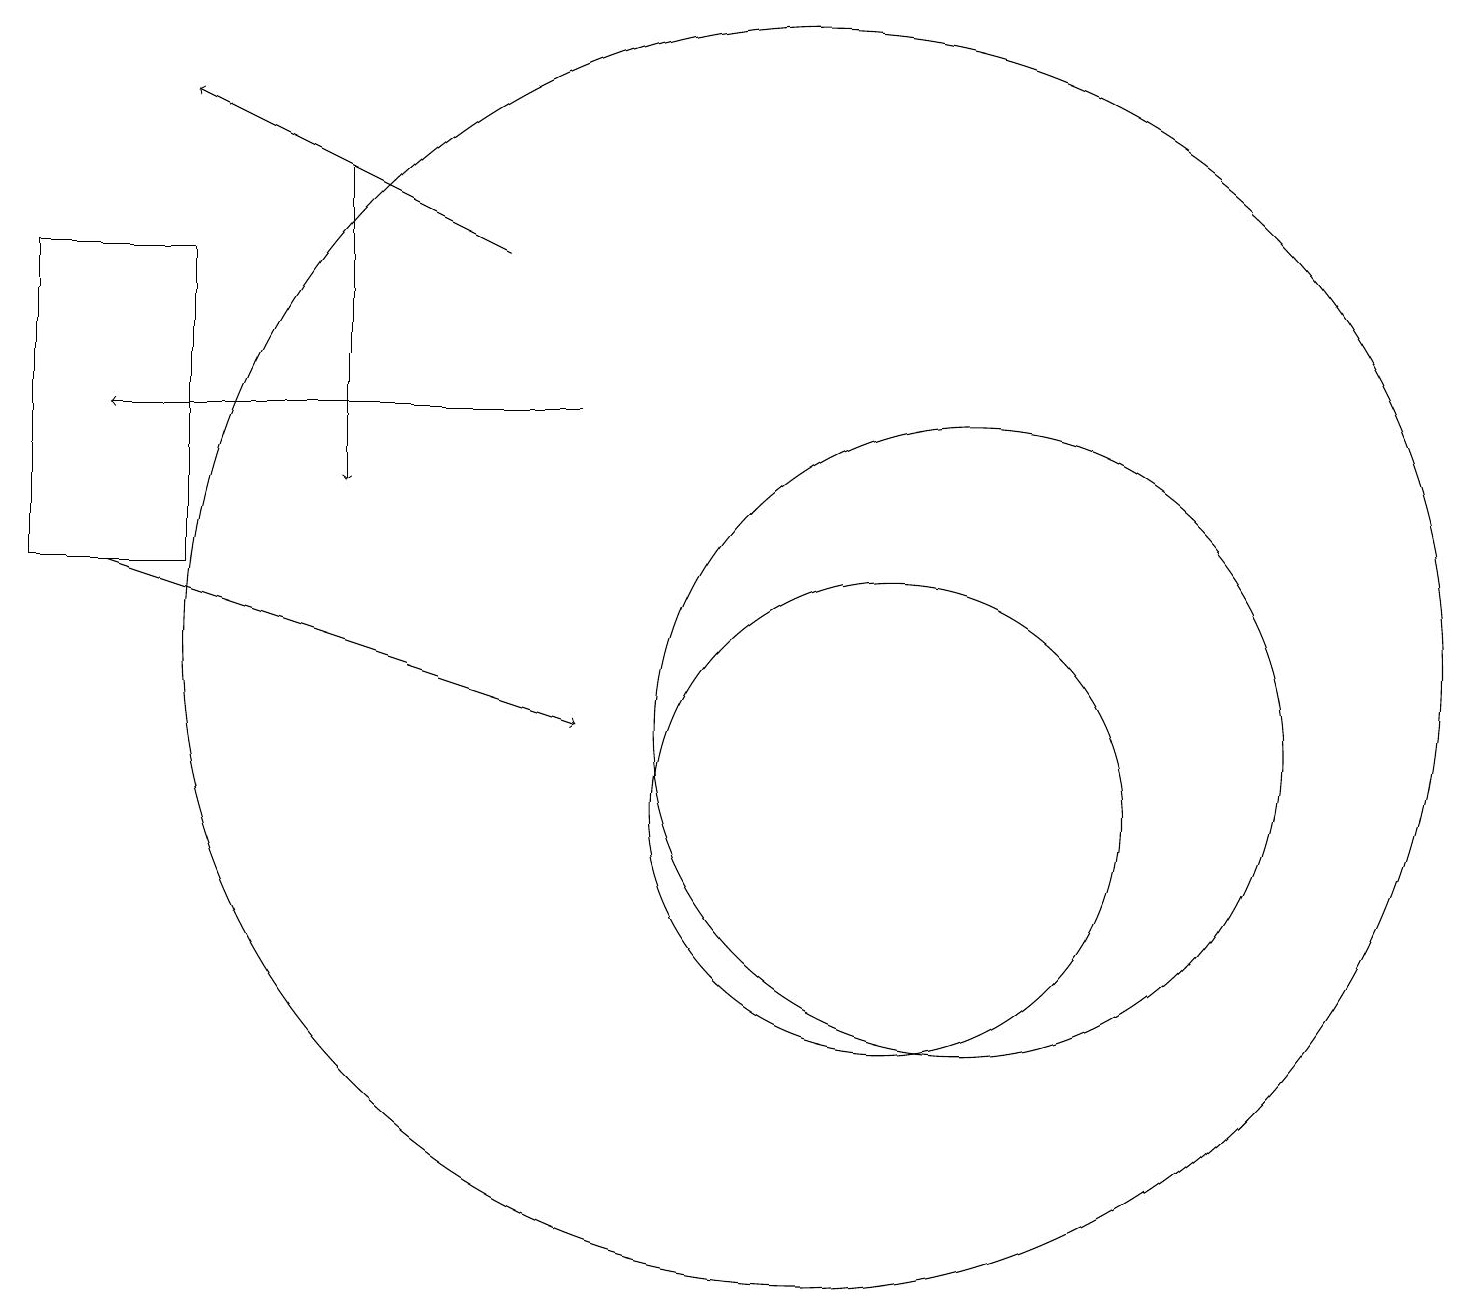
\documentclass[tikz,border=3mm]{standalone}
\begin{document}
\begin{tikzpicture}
\draw[->] (7,15) -- (1,15);
\draw[->] (4,18) -- (4,14);
\draw (12,11) circle (4);
\draw (11,10) circle (3);
\draw[->] (1,13) -- (7,11);
\draw (10,12) circle (8);
\draw (0,13) rectangle (2,17);
\draw[->] (6,17) -- (2,19);
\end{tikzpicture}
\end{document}